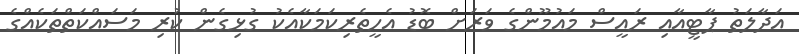
އަދާލަތު ޕާޓީއާއި ރައީސް މައުމޫންގެ ވަރަށް ބޮޑު އެހީތެރިކަމަކާއެކު ގުޅިގެން ކުރި މަސައްކަތްތަކެއްގެ